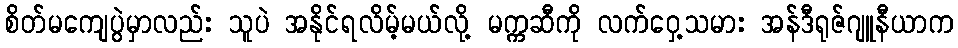
စိတ်မကျေပွဲမှာလည်း သူပဲ အနိုင်ရလိမ့်မယ်လို့ မက္ကဆီကို လက်ဝှေ့သမား အန်ဒီရုဇ်ဂျူနီယာက